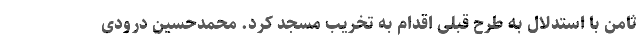
ثامن با استدلال به طرح قبلی اقدام به تخریب مسجد کرد. محمدحسین درودی